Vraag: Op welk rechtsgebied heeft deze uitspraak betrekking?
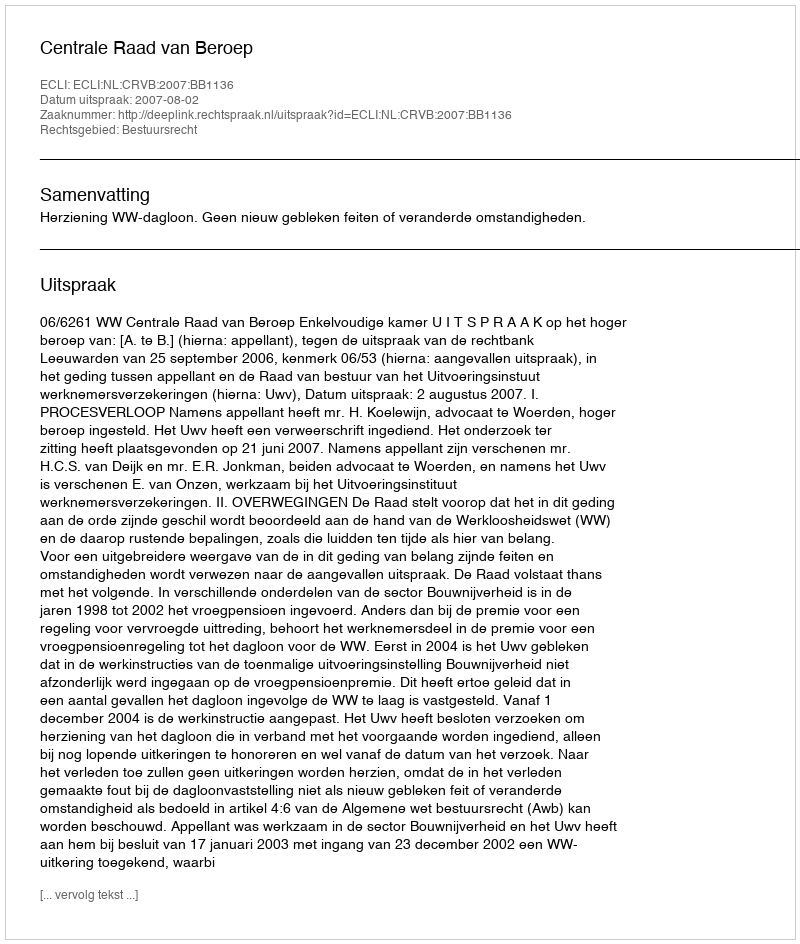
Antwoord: Bestuursrecht